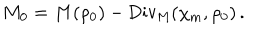
M _ { 0 } = M ( \rho _ { 0 } ) - \mathrm { D i v _ { M } } ( \chi _ { \mathrm { m } } , \rho _ { 0 } ) \, .